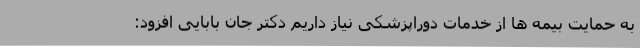
به حمایت بیمه ها از خدمات دوراپزشکی نیاز داریم دکتر جان بابایی افزود: